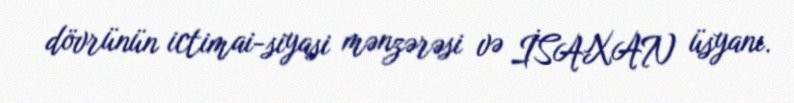
dövrünün ictimai-siyasi mənzərəsi və İSAXAN üsyanı.